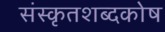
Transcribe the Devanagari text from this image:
संस्कृतशब्दकोष